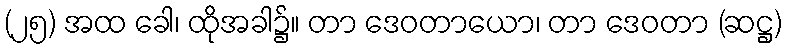
(၂၅) အထ ခေါ၊ ထိုအခါ၌။ တာ ဒေဝတာယော၊ တာ ဒေဝတာ (ဆဋ္ဌ)